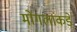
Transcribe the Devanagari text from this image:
मोंगलांकडे